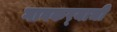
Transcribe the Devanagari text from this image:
गावकर्‍याची